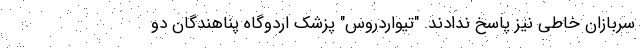
سربازان خاطی نیز پاسخ ندادند. "تیواردروس" پزشک اردوگاه پناهندگان دو